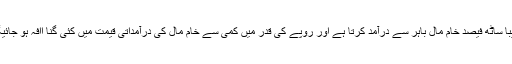
نسیم صادق نے مزید کہا کہ پیداواری شعبہ مصنوعات تیار کرنے کیلئے تقریباً ساٹھ فیصد خام مال باہر سے درآمد کرتا ہے اور روپے کی قدر میں کمی سے خام مال کی درآمداتی قیمت میں کئی گنا اافہ ہو جائیگا جس سے ہماری مصنوعات مزید مہنگی ہونگی اور برآمدات متاثر ہونگی ۔